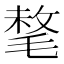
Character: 㲠